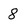
Character: 8